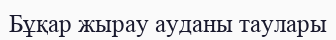
Бұқар жырау ауданы таулары